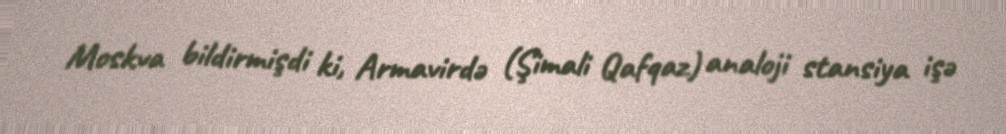
Moskva bildirmişdi ki, Armavirdə (Şimali Qafqaz) analoji stansiya işə